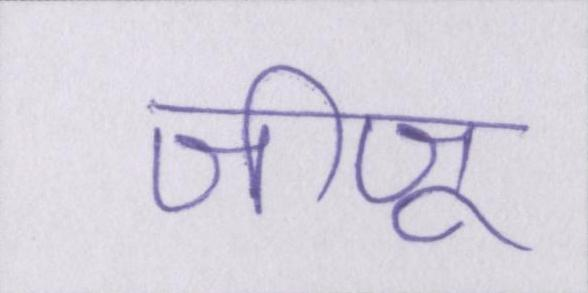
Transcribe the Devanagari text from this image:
जीजू